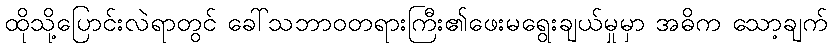
ထိုသို့ပြောင်းလဲရာတွင် ခေါ်သဘာဝတရားကြီး၏ဖေးမရွေးချယ်မှုမှာ အဓိက သော့ချက်